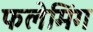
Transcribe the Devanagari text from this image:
फलेमिंग